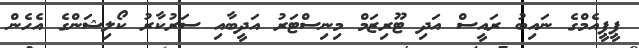
ޕީޕީއެމްގެ ނައިބު ރައީސް އަދި ޓޫރިޒަމް މިނިސްޓަރު އަދީބާއި ސަރުކާރު ކޯލިޝަންގެ އެހެން